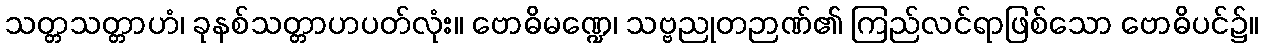
သတ္တသတ္တာဟံ၊ ခုနစ်သတ္တာဟပတ်လုံး။ ဗောဓိမဏ္ဍေ၊ သဗ္ဗညုတဉာဏ်၏ ကြည်လင်ရာဖြစ်သော ဗောဓိပင်၌။